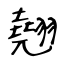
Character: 翹